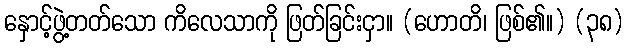
နှောင့်ဖွဲ့တတ်သော ကိလေသာကို ဖြတ်ခြင်းငှာ။ (ဟောတိ၊ ဖြစ်၏။) (၃၈)